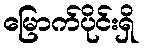
မြောက်ပိုင်းရှိ